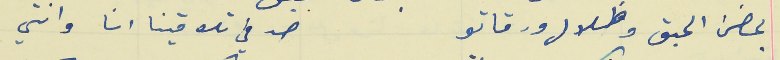
بحضن الحبق وظلال ورقاتو                                    صدفي تلاقينا انا وانتي